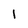
Character: l